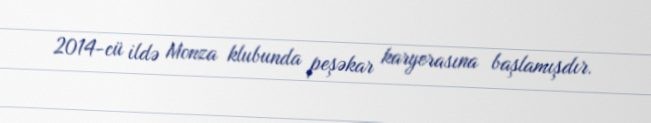
2014-cü ildə Monza klubunda peşəkar karyerasına başlamışdır.